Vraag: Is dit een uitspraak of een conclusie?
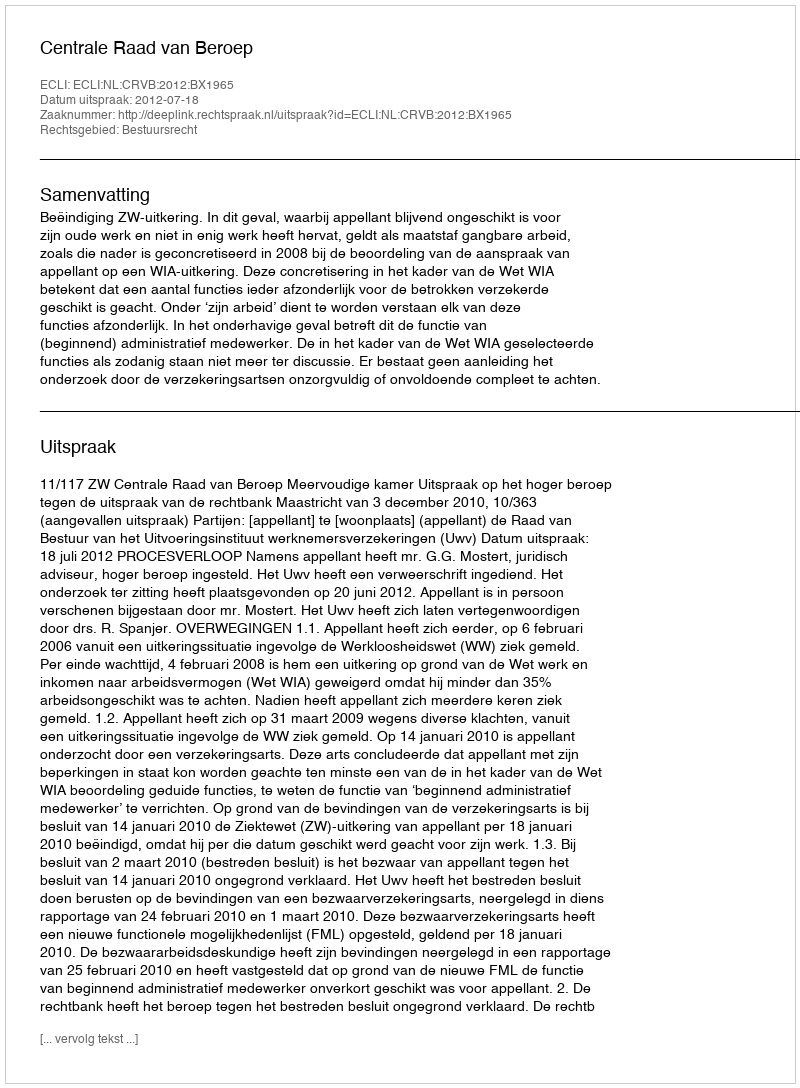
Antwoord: Uitspraak